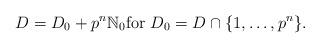
LaTeX: \begin{align*} D = D_0 + p^n \mathbb{N}_0 \text{for $D_0 = D \cap \{1,\ldots,p^n\}$}. \end{align*}